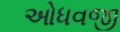
ઓધવજી